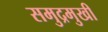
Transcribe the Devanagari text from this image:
समुद्रमुखी